[Report on the health of British troops in the Madras command]
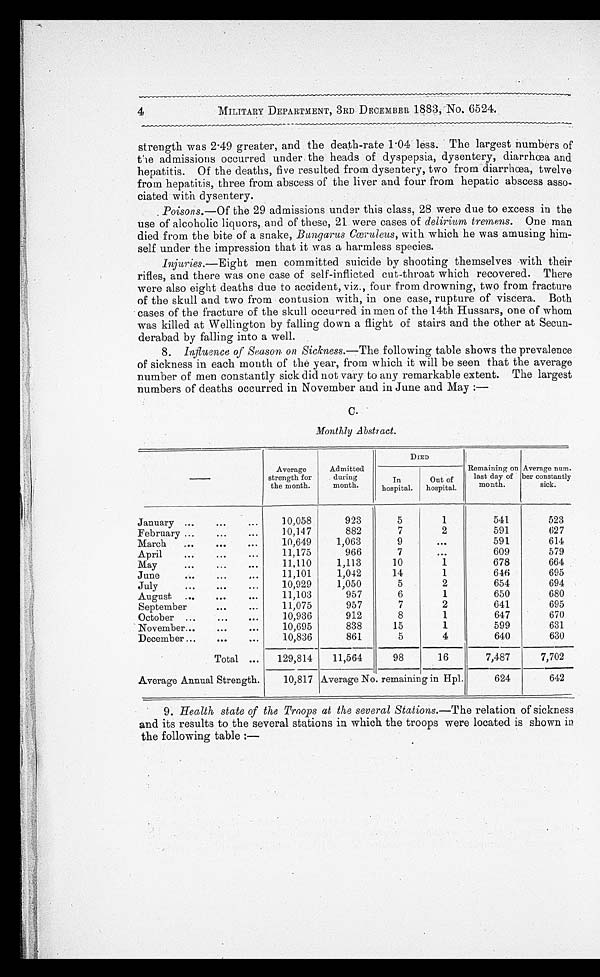
MILITARY DEPARTMENT, 3RD DECEMBER 1883,No.6524.
strength was 2.49 greater, and the death-rate 1.04 less. The largest numbers of
the admissions occurred under the heads of dyspepsia, dysentery, diarrhœa and
hepatitis. Of the deaths, five resulted from dysentery, two from diarrhœa, twelve
from hepatitis, three from abscess of the liver and four from hepatic abscess asso
- c i a t e d w i t h d y s e n t e r y .
Poisons.— Of the 29 admissions under this class, 28 were due to excess in the
use of alcoholic liquors, and of these, 21 were cases of delirium tremens. One man
died from the bite of a snake, Bungarus Cœruleus, with which he was amusing him-
self under the impression that it was a harmless species.
Injuries.—Eight men committed suicide by shooting themselves with their
rifles, and there was one case of self-inflicted cut-throat which recovered. There
were also eight deaths due to accident, viz., four from drowning, two from fracture
of the skull and two from contusion with, in one case, rupture of viscera. Both
cases of the fracture of the skull occurred in men of the 14th Hussars, one of whom
was killed at Wellington by falling down a flight of stairs and the other at Secun
- d e r a b a d b y f a l l i n g i n t o a w e l l .
8. Influence of Season on Sickness.— The following table shows the prevalence
of sickness in each month of the year, from which it will be seen that the average
number of men constantly sick did not vary to any remarkable extent. The largest
numbers of deaths occurred in November and in June and May :—
C.
Monthly Abstract.
DIED
Average S t r e n g h
the month.
Admitted
during
month.
In
hospital.
Out of
hospital.
Remaining on
last day of
month.
Average num
-ber constantly
sick.
January
. . .
10,058
923
5
1
541
523
February . . .
10,147
882
7
2
591
627
March
. . .
10.649
1,063
9
. . .
591
614
April
. . .
11.175
966
7
. . .
609
579
May
. . .
11.110
1,113
10
1
678
664
June
. . .
11,101
1,042
14
1
646
695
July
. . .
10,929
1,050
5
2
654
694
August
. . .
11,103
957
6
1
650
680
September
. . .
11,075
957
7
2
641
695
October
. . .
10,936
912
8
1
647
670
November. . .
10,695
838
15
1
599
631
December . . .
10,836
861
5
4
640
630
Total
. . .
129,814
11,564
98
16
7,487
7,702
Average Annual Strength.
10,817 Average No. remaining in Hpl.
624
642
9. Health state of the Troops at the several Stations.— The relation of sickness
and its results to the several stations in which the troops were located is shown in
the following table :—
4